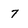
Character: 7